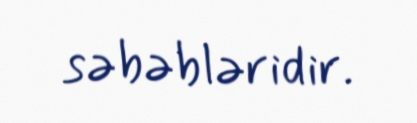
səbəbləridir.